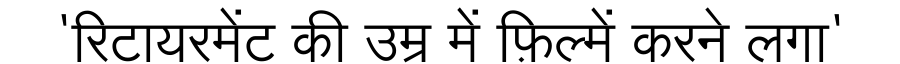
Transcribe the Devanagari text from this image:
'रिटायरमेंट की उम्र में फ़िल्में करने लगा'